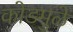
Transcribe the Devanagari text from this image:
कोडमुळे